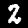
Label: 2